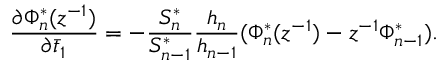
\frac { \partial \Phi _ { n } ^ { * } ( z ^ { - 1 } ) } { \partial \bar { t } _ { 1 } } = - \frac { S _ { n } ^ { * } } { S _ { n - 1 } ^ { * } } \frac { h _ { n } } { h _ { n - 1 } } ( \Phi _ { n } ^ { * } ( z ^ { - 1 } ) - z ^ { - 1 } \Phi _ { n - 1 } ^ { * } ) .